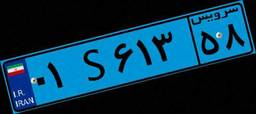
۰۱S۶۱۳۵۸